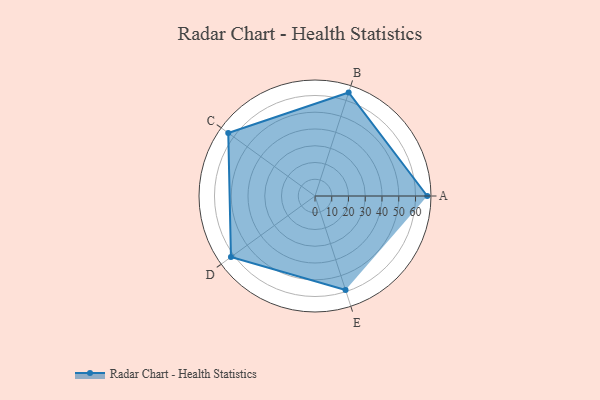
{"axis": {"x": "Skill", "y": "Score"}, "legend": ["Profile"], "data": [{"x": "A", "y": 67.0, "type": "Profile"}, {"x": "B", "y": 65.0, "type": "Profile"}, {"x": "C", "y": 64.0, "type": "Profile"}, {"x": "D", "y": 62.0, "type": "Profile"}, {"x": "E", "y": 59.0, "type": "Profile"}]}